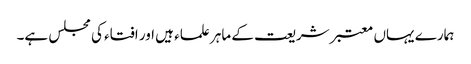
ہمارے یہاں معتبر شریعت کے ماہر علماء ہیں اور افتاء کی مجلس ہے۔